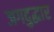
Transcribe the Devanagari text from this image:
जगदुद्धार